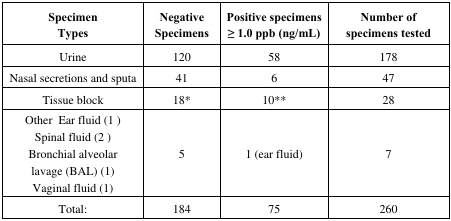
| Specimen Types | Negative Specimens | Positive specimens ≥ 1.0 ppb (ng/mL) | Number of specimens tested |
 | --- | --- | --- | --- |
 | Urine | 120 | 58 | 178 |
 | Nasal secretions and sputa | 41 | 6 | 47 |
 | Tissue block | 18* | 10** | 28 |
 | Other Ear fluid (1)Spinal fluid (2)Bronchial alveolarlavage (BAL) (1)Vaginal fluid (1) | 5 | 1 (ear fluid) | 7 |
 | Total: | 184 | 75 | 260 |